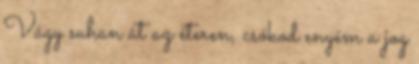
Vágy suhan át az éteren, csókod enyém a jog